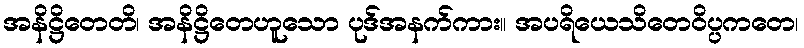
အနိဋ္ဌိတေတိ၊ အနိဋ္ဌိတေဟူသော ပုဒ်အနက်ကား။ အပရိယေသိတေဝိပ္ပကတေ၊